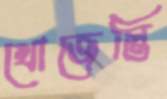
খোজেস্তি